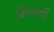
મિલાવી